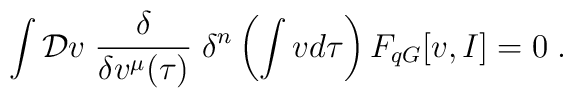
\int {\cal D}v \;\frac{\delta}{\delta v^{\mu}(\tau)}\;\delta^{n}\left(\int v d\tau \right) F_{q G}[v,I]=0\;.